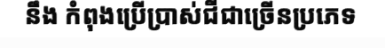
នឹង កំពុងប្រើប្រាស់ជីជាច្រើនប្រភេទ